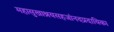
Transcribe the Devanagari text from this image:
महासुखाश्रयसहजांनदप्रदायिका